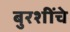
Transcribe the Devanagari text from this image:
बुरशींचे